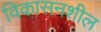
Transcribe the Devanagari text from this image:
विकासनशील